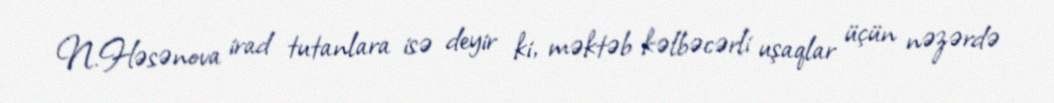
N.Həsənova irad tutanlara isə deyir ki, məktəb kəlbəcərli uşaqlar üçün nəzərdə